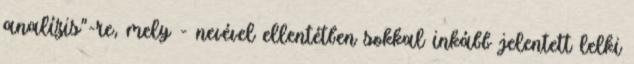
analízis"-re, mely - nevével ellentétben sokkal inkább jelentett lelki